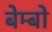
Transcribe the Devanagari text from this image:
बेम्बो